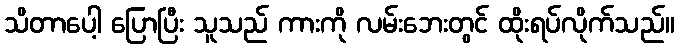
သိတာပေါ့ ပြောပြီး သူသည် ကားကို လမ်းဘေးတွင် ထိုးရပ်လိုက်သည်။